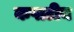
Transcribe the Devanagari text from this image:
कपाटीय